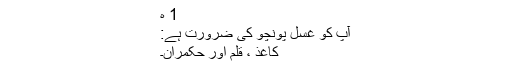
1 ہ
آپ کو غسل پونچو کی ضرورت ہے:
کاغذ ، قلم اور حکمران۔